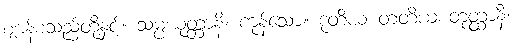
ဈာန်စသည်တို့နှင့်။ သမ္ပယုတ္တာနိ၊ ကုန်သော။ ဒုတိယ တတိယစတုတ္ထာနိ၊